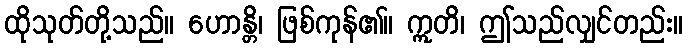
ထိုသုတ်တို့သည်။ ဟောန္တိ၊ ဖြစ်ကုန်၏။ ဣတိ၊ ဤသည်လျှင်တည်း။